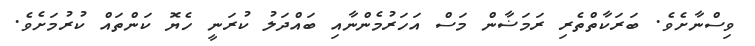
ވިސްނާށެވެ. ބަރަކާތްތެރި ރަމަޟާން މަސް އަހަރުމެންނާއި ބައްދަލު ކުރަނީ ހެޔޮ ކަންތައް ކުރުމަށެވެ.